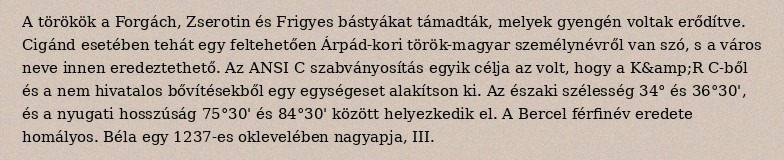
A törökök a Forgách, Zserotin és Frigyes bástyákat támadták, melyek gyengén voltak erődítve. Cigánd esetében tehát egy feltehetően Árpád-kori török-magyar személynévről van szó, s a város neve innen eredeztethető. Az ANSI C szabványosítás egyik célja az volt, hogy a K&amp;R C-ből és a nem hivatalos bővítésekből egy egységeset alakítson ki. Az északi szélesség 34° és 36°30', és a nyugati hosszúság 75°30' és 84°30' között helyezkedik el. A Bercel férfinév eredete homályos. Béla egy 1237-es oklevelében nagyapja, III.